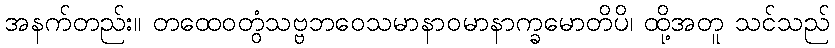
အနက်တည်း။ တထေဝတွံသဗ္ဗဘဝေသမာနာဝမာနာက္ခမောတိပိ၊ ထို့အတူ သင်သည်